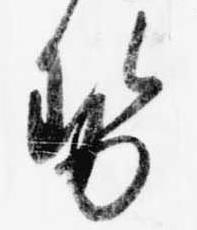
せ